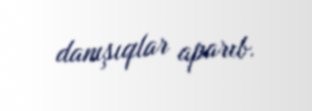
danışıqlar aparıb.